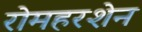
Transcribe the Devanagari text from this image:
रोमहरशेन